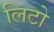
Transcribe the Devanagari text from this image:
लिटो